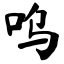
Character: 呜